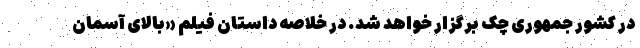
در کشور جمهوری چک برگزار خواهد شد. در خلاصه داستان فیلم «بالای آسمان